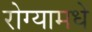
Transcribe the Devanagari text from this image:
रोग्यामधे